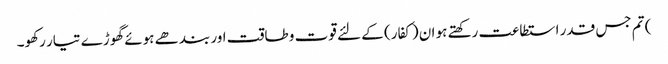
) تم جس قدر استطاعت رکھتے ہو ان (کفار) کے لئے قوت و طاقت اور بندھے ہوئے گھوڑے تیار رکھو۔